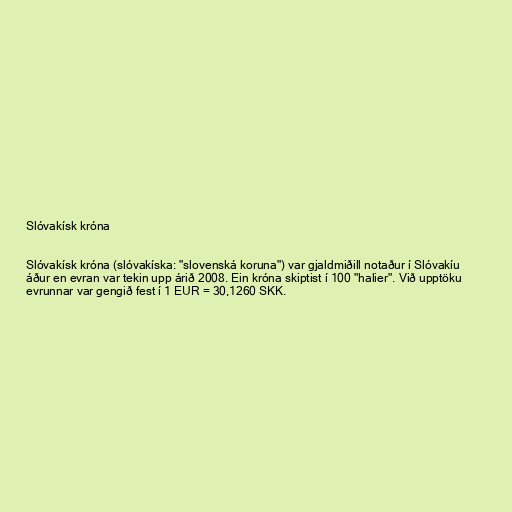
Slóvakísk króna

Slóvakísk króna (slóvakíska: "slovenská koruna") var gjaldmiðill notaður í Slóvakíu
áður en evran var tekin upp árið 2008. Ein króna skiptist í 100 "halier". Við upptöku
evrunnar var gengið fest í 1 EUR = 30,1260 SKK.